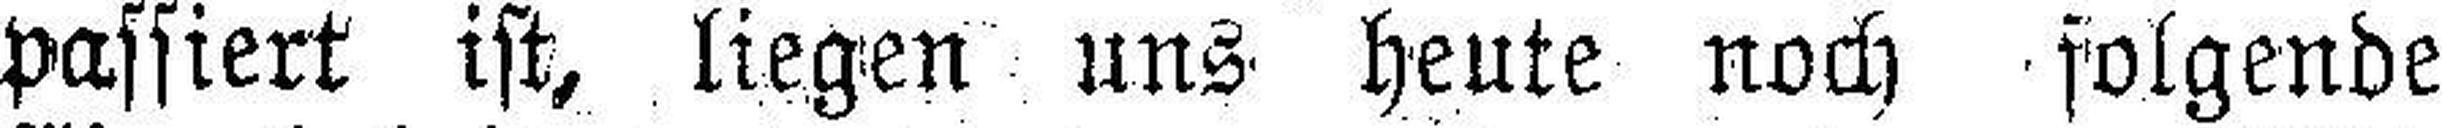
passiert ist, liegen uns heute noch folgende